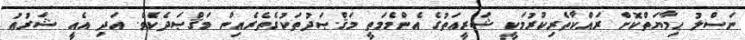
ނަސްލު ޙިމާޔަތްކޮށް ރައްކާތެރިކުރުމަކީ ޝަރީޢަތުގެ އެންމެމަތީ މަޤްޞަދުތަކުގެތެރެއިން މަޤްޞަދެކެވެ. އަދި އެއީ ޝަރުޢު